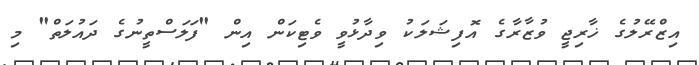
އިޒްރޭލުގެ ޚާރިޖީ ވުޒާރާގެ އޮފިޝަލަކު ވިދާޅުވީ ވެޓިކަން އިން "ފަލަސްތީނުގެ ދައުލަތް" މި